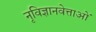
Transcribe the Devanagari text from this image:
नृविज्ञानवेत्ताओं